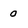
Character: 0